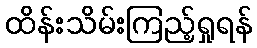
ထိန်းသိမ်းကြည့်ရှုရန်